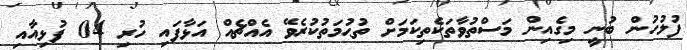
ފުލުހުން ބުނީ މިގެއިން މަސްތުވާތަކެތިކަމަށް ތުޙުމަތުކުރެވޭ އެއްޗެއް އަޅާފައި ހުރި 04 ފުޅިއާއި